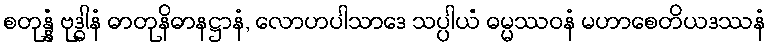
စတုန္နံ ဗုဒ္ဓါနံ ဓာတုနိဓာနဋ္ဌာနံ, လောဟပါသာဒေ သပ္ပါယံ ဓမ္မဿဝနံ မဟာစေတိယဒဿနံ